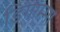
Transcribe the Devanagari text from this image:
डिगाम्मा